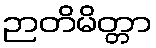
ဉာတိမိတ္တာ